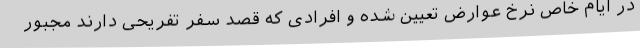
در ایام خاص نرخ عوارض تعیین شده و افرادی که قصد سفر تفریحی دارند مجبور